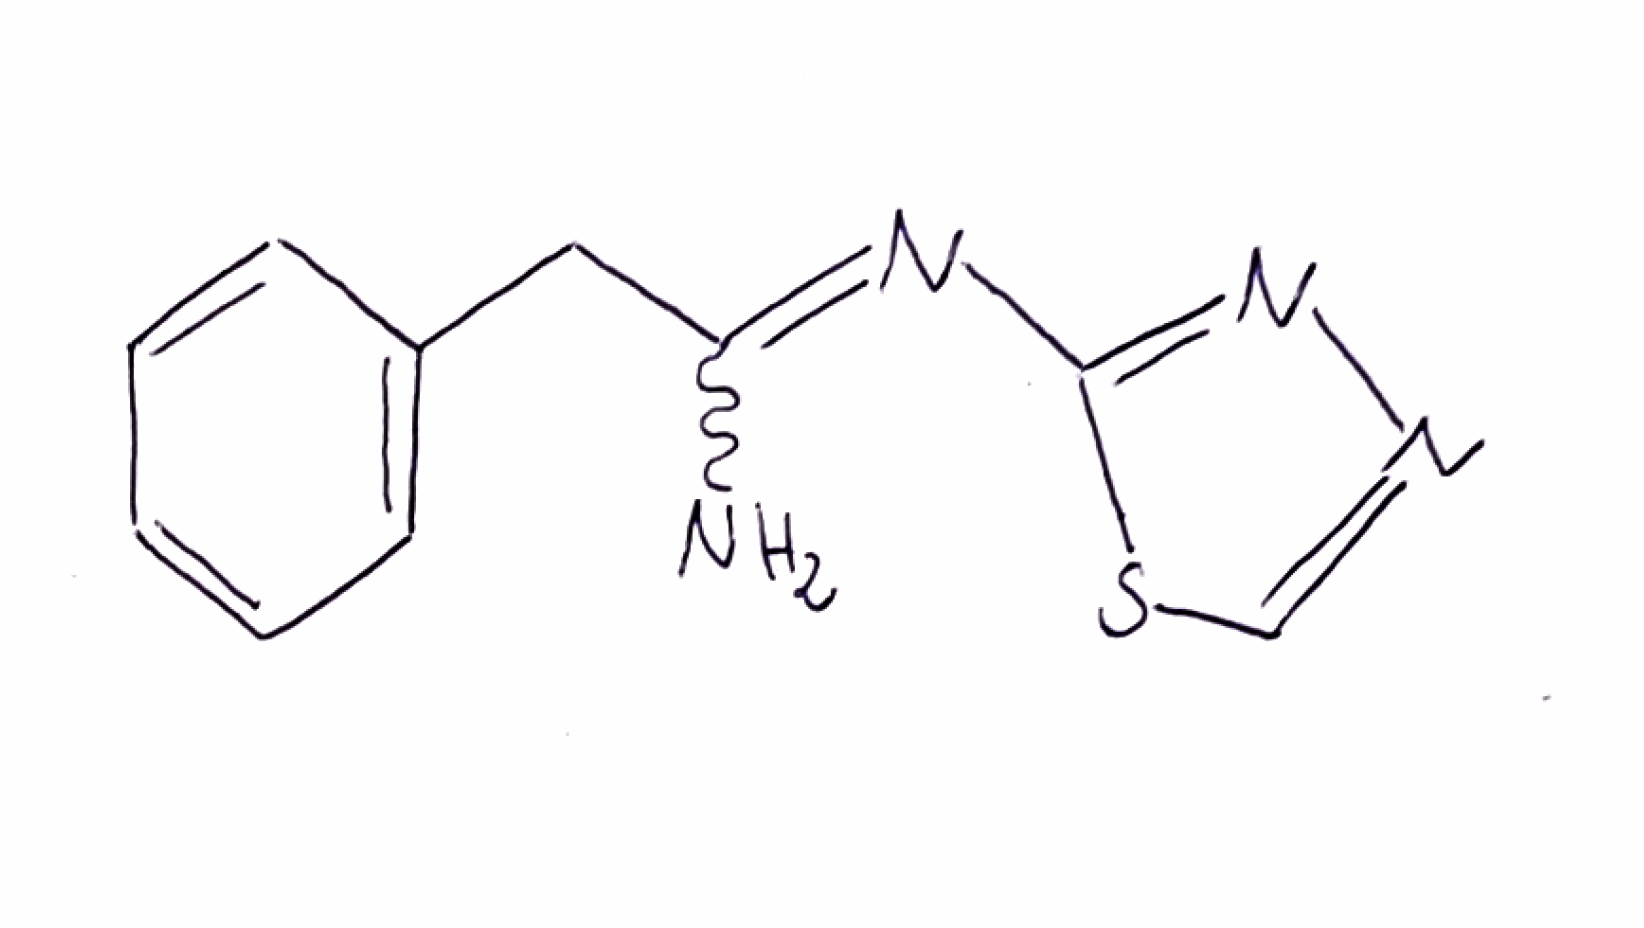
Simplified molecular-input line-entry system (SMILES) notation of the given molecule:
C1=CC=C(C=C1)CC(=NC2=NN=CS2)N